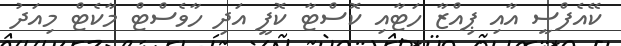
ކޭއެފްސީ އާއި ޕިއްޒާ ހަޓާއި ކޮސްޓާ ކޮފީ އަދި ހާވެސްޓް މާކެޓް މިއަދު